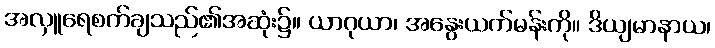
အလှူရေစက်ချသည်၏အဆုံး၌။ ယာဂုယာ၊ အနွေးယက်မန်းကို။ ဒိယျမာနာယ၊